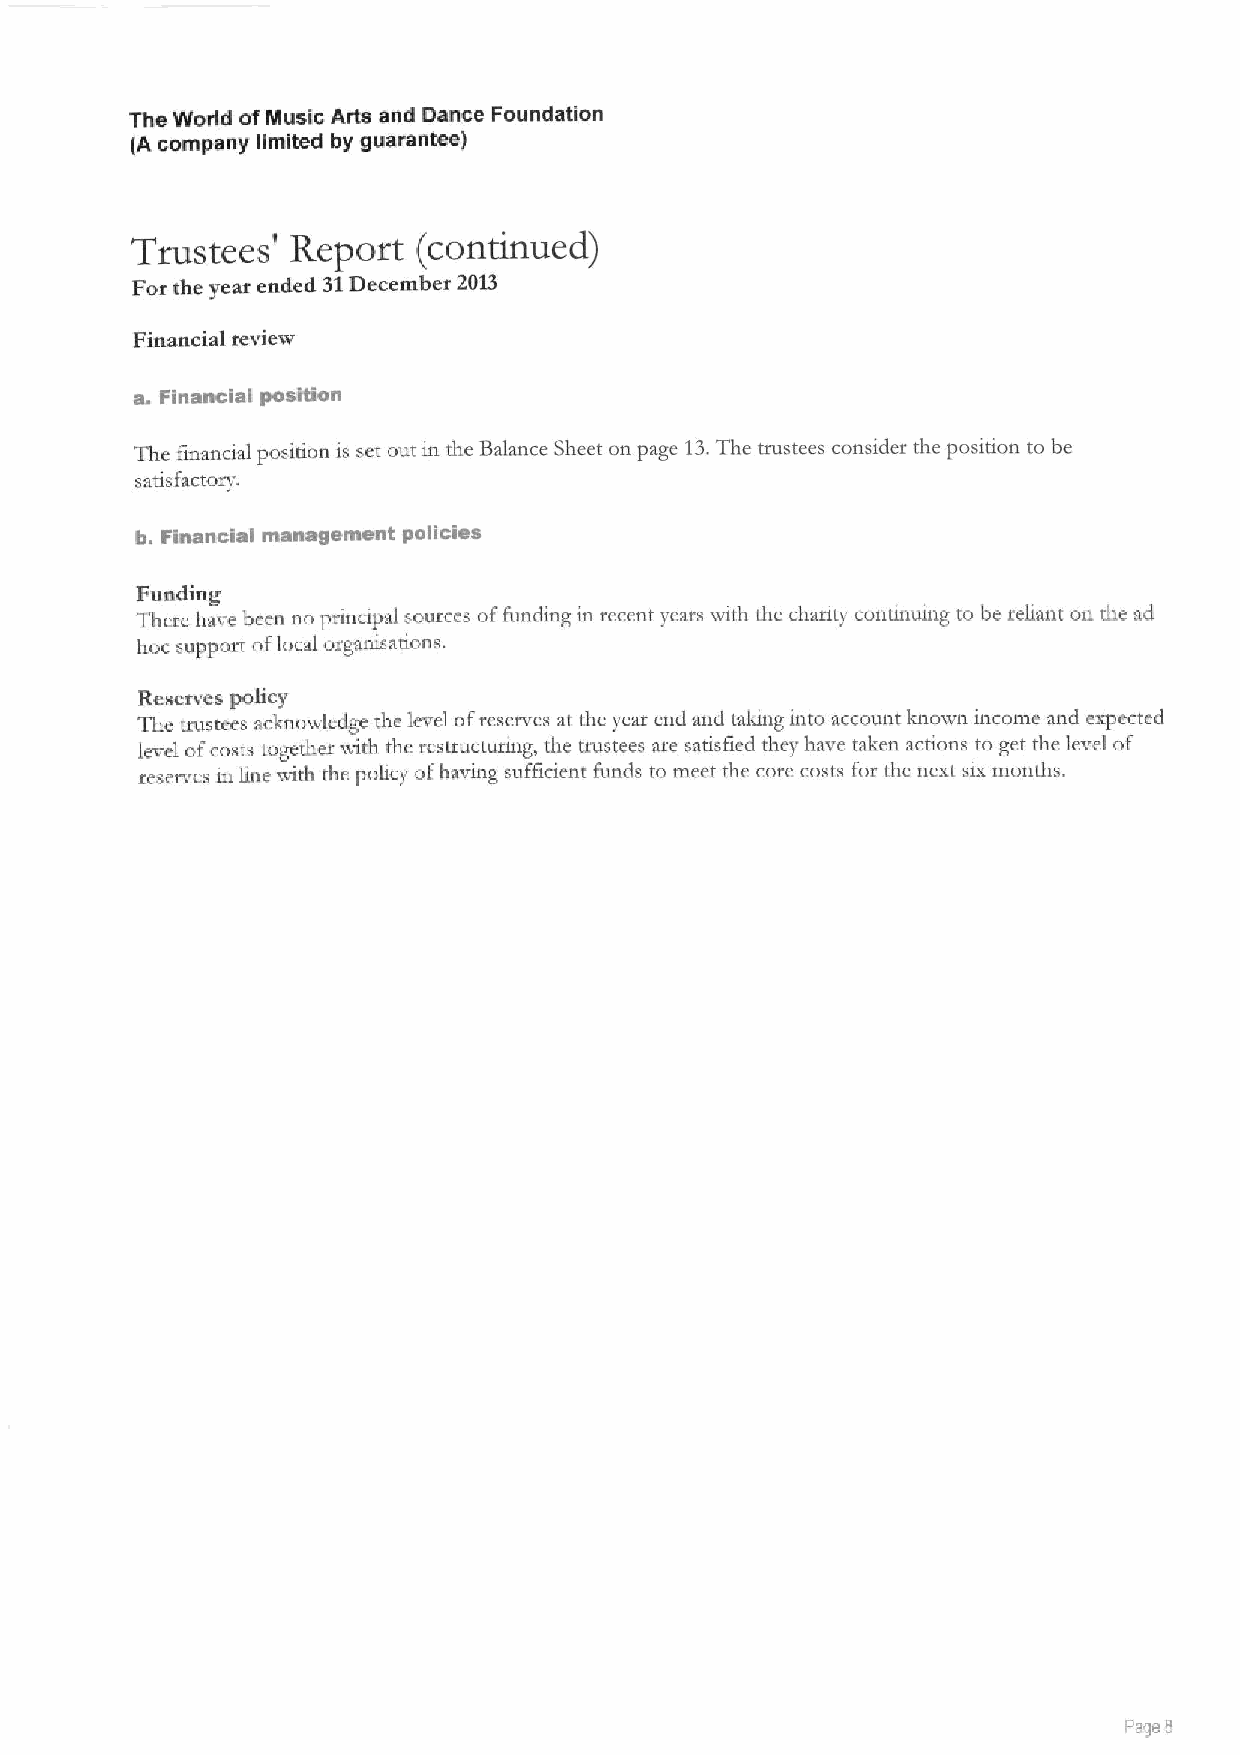
The World of Music Arts and Dance Foundation
 (A company limited by guarantee)
 Trustees' Report   (continued)
 For the year ended 31December 2013
 Financial review
 a. Financial position
 The fmancjai posidon is set out m tire Balance Sheet on page 13.The mzstees constder the posinon. to be
 satisfactory.
 b. Financial management policies
 Funding
 There have been no principal sources offunding in recent years with the charity concnuing to be reliant on the ad
 hoc support oflocal organisations.
 Reserves policy
 The trustees acknowledge the level ofreserves at the year end and talcng into account known income and expected
 level ofcosts together with the resttuctuting, tire trustees aze satisfted they have taken acdons to get the level of
 reserves in line with the policy ofhaving sufhcient funds to meet the core costs for the next six months.
 Page B